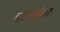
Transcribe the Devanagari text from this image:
वरणशंकर